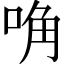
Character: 唃